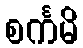
စင်္ကမိ